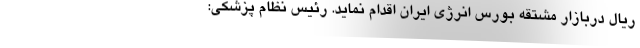
ریال دربازار مشتقه بورس انرژی ایران اقدام نماید. رئیس نظام پزشکی: